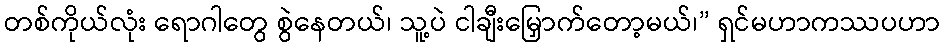
တစ်ကိုယ်လုံး ရောဂါတွေ စွဲနေတယ်၊ သူ့ပဲ ငါချီးမြှောက်တော့မယ်၊” ရှင်မဟာကဿပဟာ